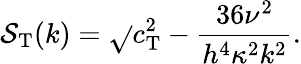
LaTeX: \mathcal{S}_{\mathrm{{T}}}(k)=\sqrt{}{{c_{\mathrm{{T}}}^{2}-\frac{{36\nu^{2}}}{{h^{4}\kappa^{2}k^{2}}}}}.